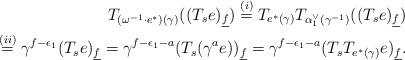
LaTeX: \begin{align*}T_{(\omega^{-1}\cdot e^*)(\gamma)}((T_se)_{\underline{f}})\stackrel{(i)}{=}T_{e^*(\gamma)}T_{\alpha_1^{\vee}(\gamma^{-1})}((T_se)_{\underline{f}})\\\stackrel{(ii)}{=}\gamma^{f-\epsilon_1}(T_se)_{\underline{f}}=\gamma^{f-\epsilon_1-a}(T_s(\gamma^a e))_{\underline{f}}=\gamma^{f-\epsilon_1-a}(T_sT_{e^*(\gamma)}e)_{\underline{f}}.\end{align*}